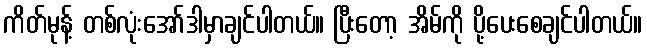
ကိတ်မုန့် တစ်လုံးအော်ဒါမှာချင်ပါတယ်။ ပြီးတော့ အိမ်ကို ပို့ပေးစေချင်ပါတယ်။